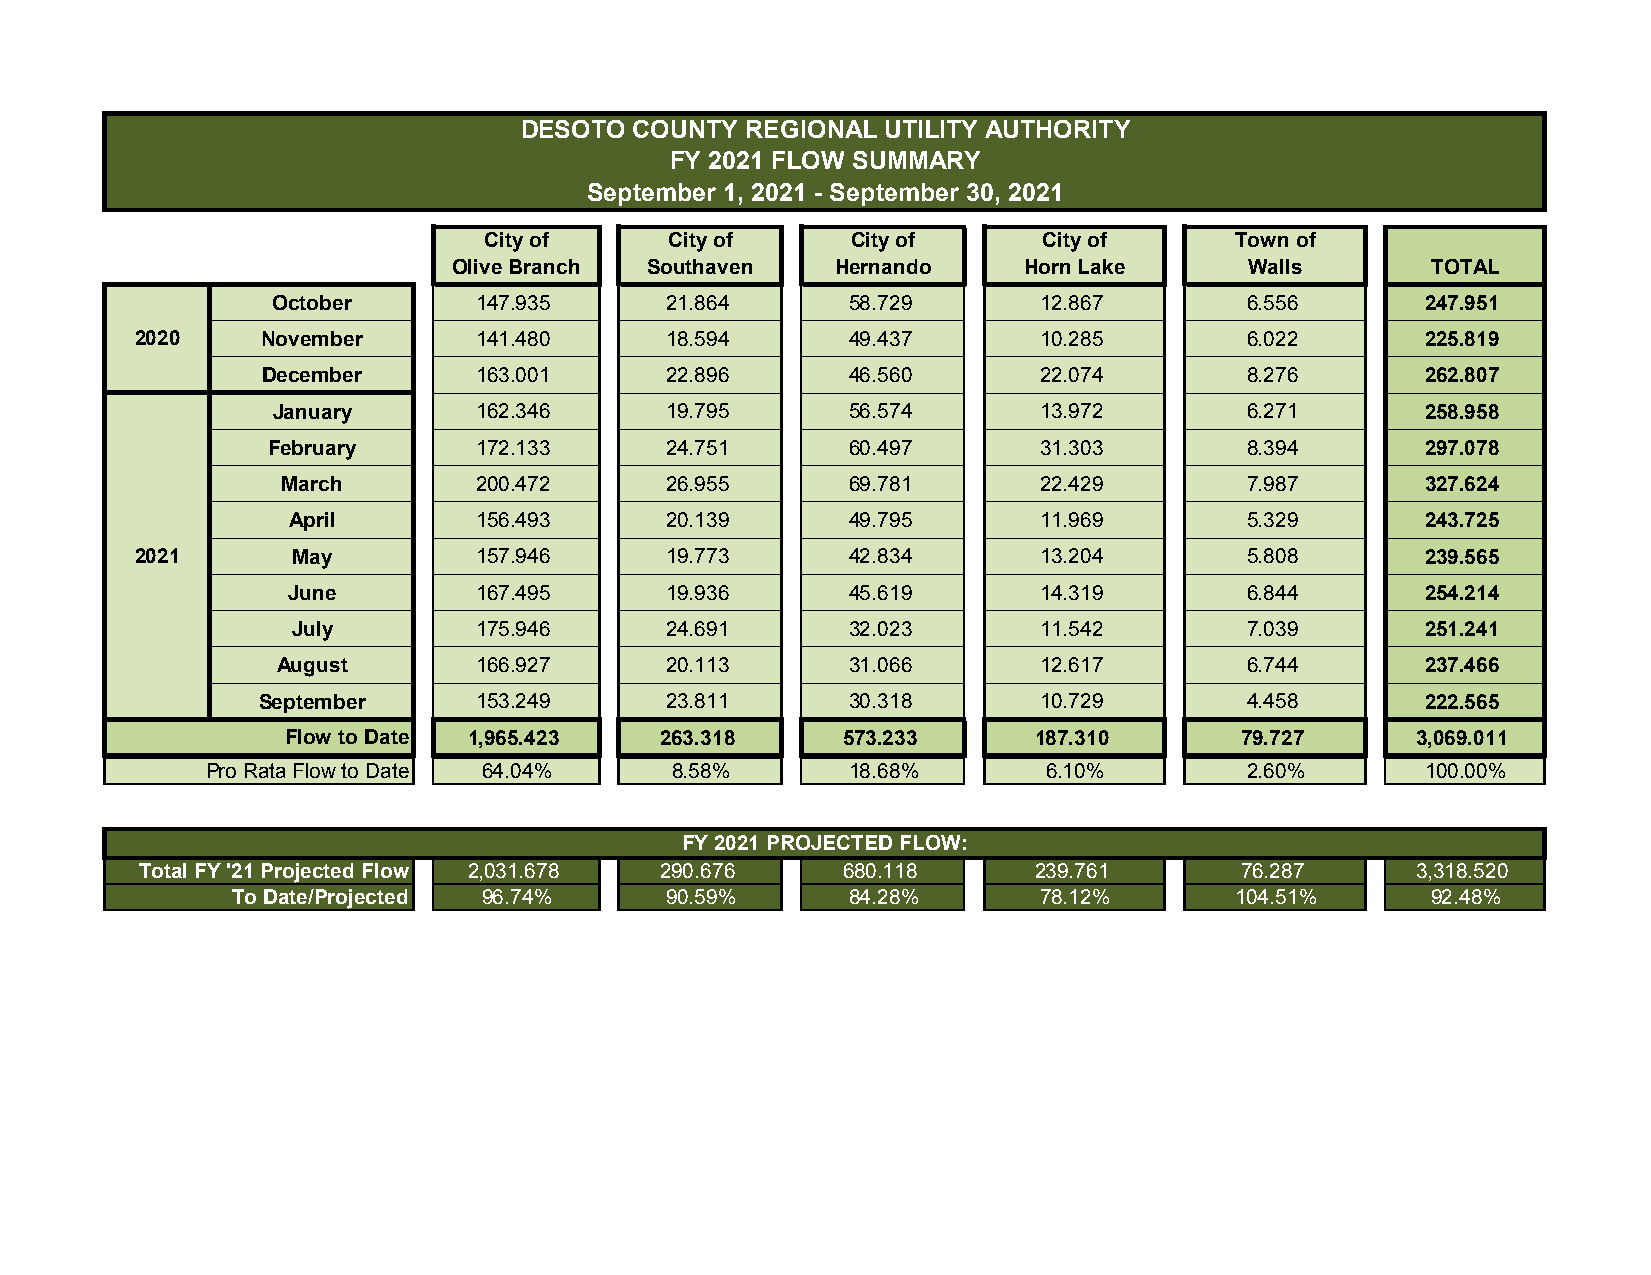
DESOTO  COUNTY REGIONAL UTILITY AUTHORITY
 FY 2021 FLOW SUMMARY
 September 1, 2021 - September 30, 2021
 City of     City of     City of      City of      Town of
 Olive Branch Southaven   Hernando     Horn Lake      Walls       TOTAL
 October      147.935      21.864      58.729       12.867       6.556       247.951
 2020    November      141.480      18.594      49.437       10.285       6.022       225.819
 December      163.001      22.896      46.560       22.074       8.276       262.807
 January      162.346      19.795      56.574       13.972       6.271       258.958
 February     172.133      24.751      60.497       31.303       8.394       297.078
 March       200.472      26.955      69.781       22.429       7.987       327.624
 April       156.493      20.139      49.795       11.969       5.329       243.725
 2021      May         157.946      19.773      42.834       13.204       5.808       239.565
 June        167.495      19.936      45.619       14.319       6.844       254.214
 July        175.946      24.691      32.023       11.542       7.039       251.241
 August       166.927      20.113      31.066       12.617       6.744       237.466
 September     153.249      23.811      30.318       10.729       4.458       222.565
 Flow to Date 1,965.423   263.318     573.233     187.310       79.727      3,069.011
 Pro Rata Flow to Date 64.04%  8.58%       18.68%       6.10%        2.60%       100.00%
 FY 2021 PROJECTED FLOW:
 Total FY '21 Projected Flow 2,031.678 290.676  680.118     239.761       76.287      3,318.520
 To Date/Projected 96.74%     90.59%      84.28%       78.12%       104.51%      92.48%